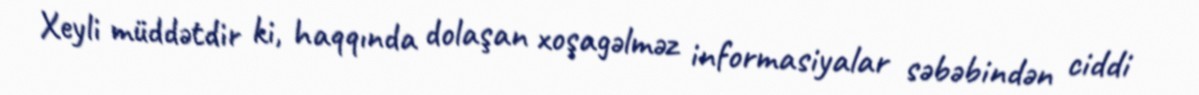
Xeyli müddətdir ki, haqqında dolaşan xoşagəlməz informasiyalar səbəbindən ciddi